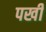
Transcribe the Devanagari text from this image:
पखी